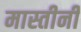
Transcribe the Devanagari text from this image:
मास्तीनी